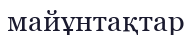
майұнтақтар